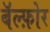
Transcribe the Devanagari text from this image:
बॅल्फ़ोर